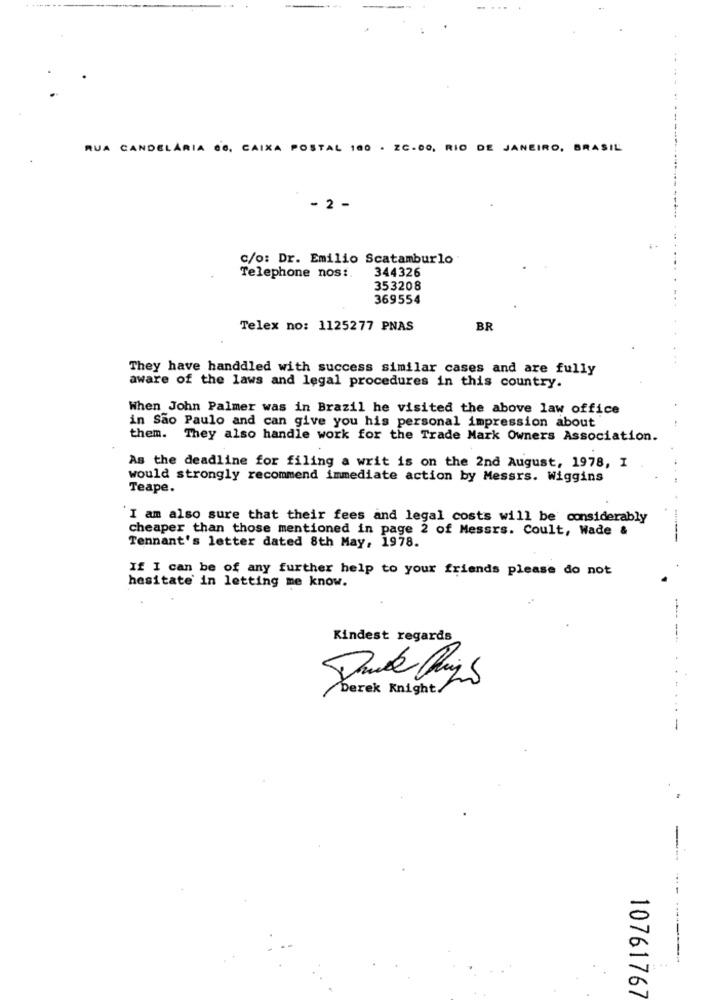
RUA CANDELARIA 66, CAIXA POSTAL 100 . ZC.00, RIO DE JANEIRO, BRASIL
- 2 -
c/o: Dr. Emilio Scatamburlo
344326
Telephone nos:
353208
369554
Telex no: 1125277 PNAS
BR
They have handdled with success similar cases and are fully
aware of the laws and legal procedures in this country.
When John Palmer was in Brazil he visited the above law office
in São Paulo and can give you his personal impression about
them. They also handle work for the Trade Mark Owners Association.
As the deadline for filing a writ is on the 2nd August, 1978, I
would strongly recommend immediate action by Messrs. Wiggins
Teape.
I am also sure that their fees and legal costs will be considerably
cheaper than those mentioned in page 2 of Messrs. Coult, Wade &
Tennant's letter dated 8th May, 1978.
If I can be of any further help to your friends please do not
hesitate in letting me know.
Kindest regards
V
Derek Knight/
. ...
1076176